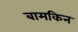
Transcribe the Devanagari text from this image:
बामकिन